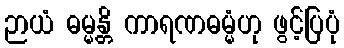
ဉာယံ ဓမ္မန္တိ ကာရဏဓမ္မံဟု ဖွင့်ပြပုံ